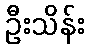
ဦးသိန်း